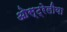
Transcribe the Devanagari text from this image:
ओस्ट्रेलीया